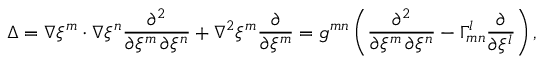
\Delta = \nabla \xi ^ { m } \cdot \nabla \xi ^ { n } { \frac { \partial ^ { 2 } } { \partial \xi ^ { m } \, \partial \xi ^ { n } } } + \nabla ^ { 2 } \xi ^ { m } { \frac { \partial } { \partial \xi ^ { m } } } = g ^ { m n } \left( { \frac { \partial ^ { 2 } } { \partial \xi ^ { m } \, \partial \xi ^ { n } } } - \Gamma _ { m n } ^ { l } { \frac { \partial } { \partial \xi ^ { l } } } \right) ,